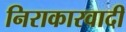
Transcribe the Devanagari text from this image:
निराकारवादी